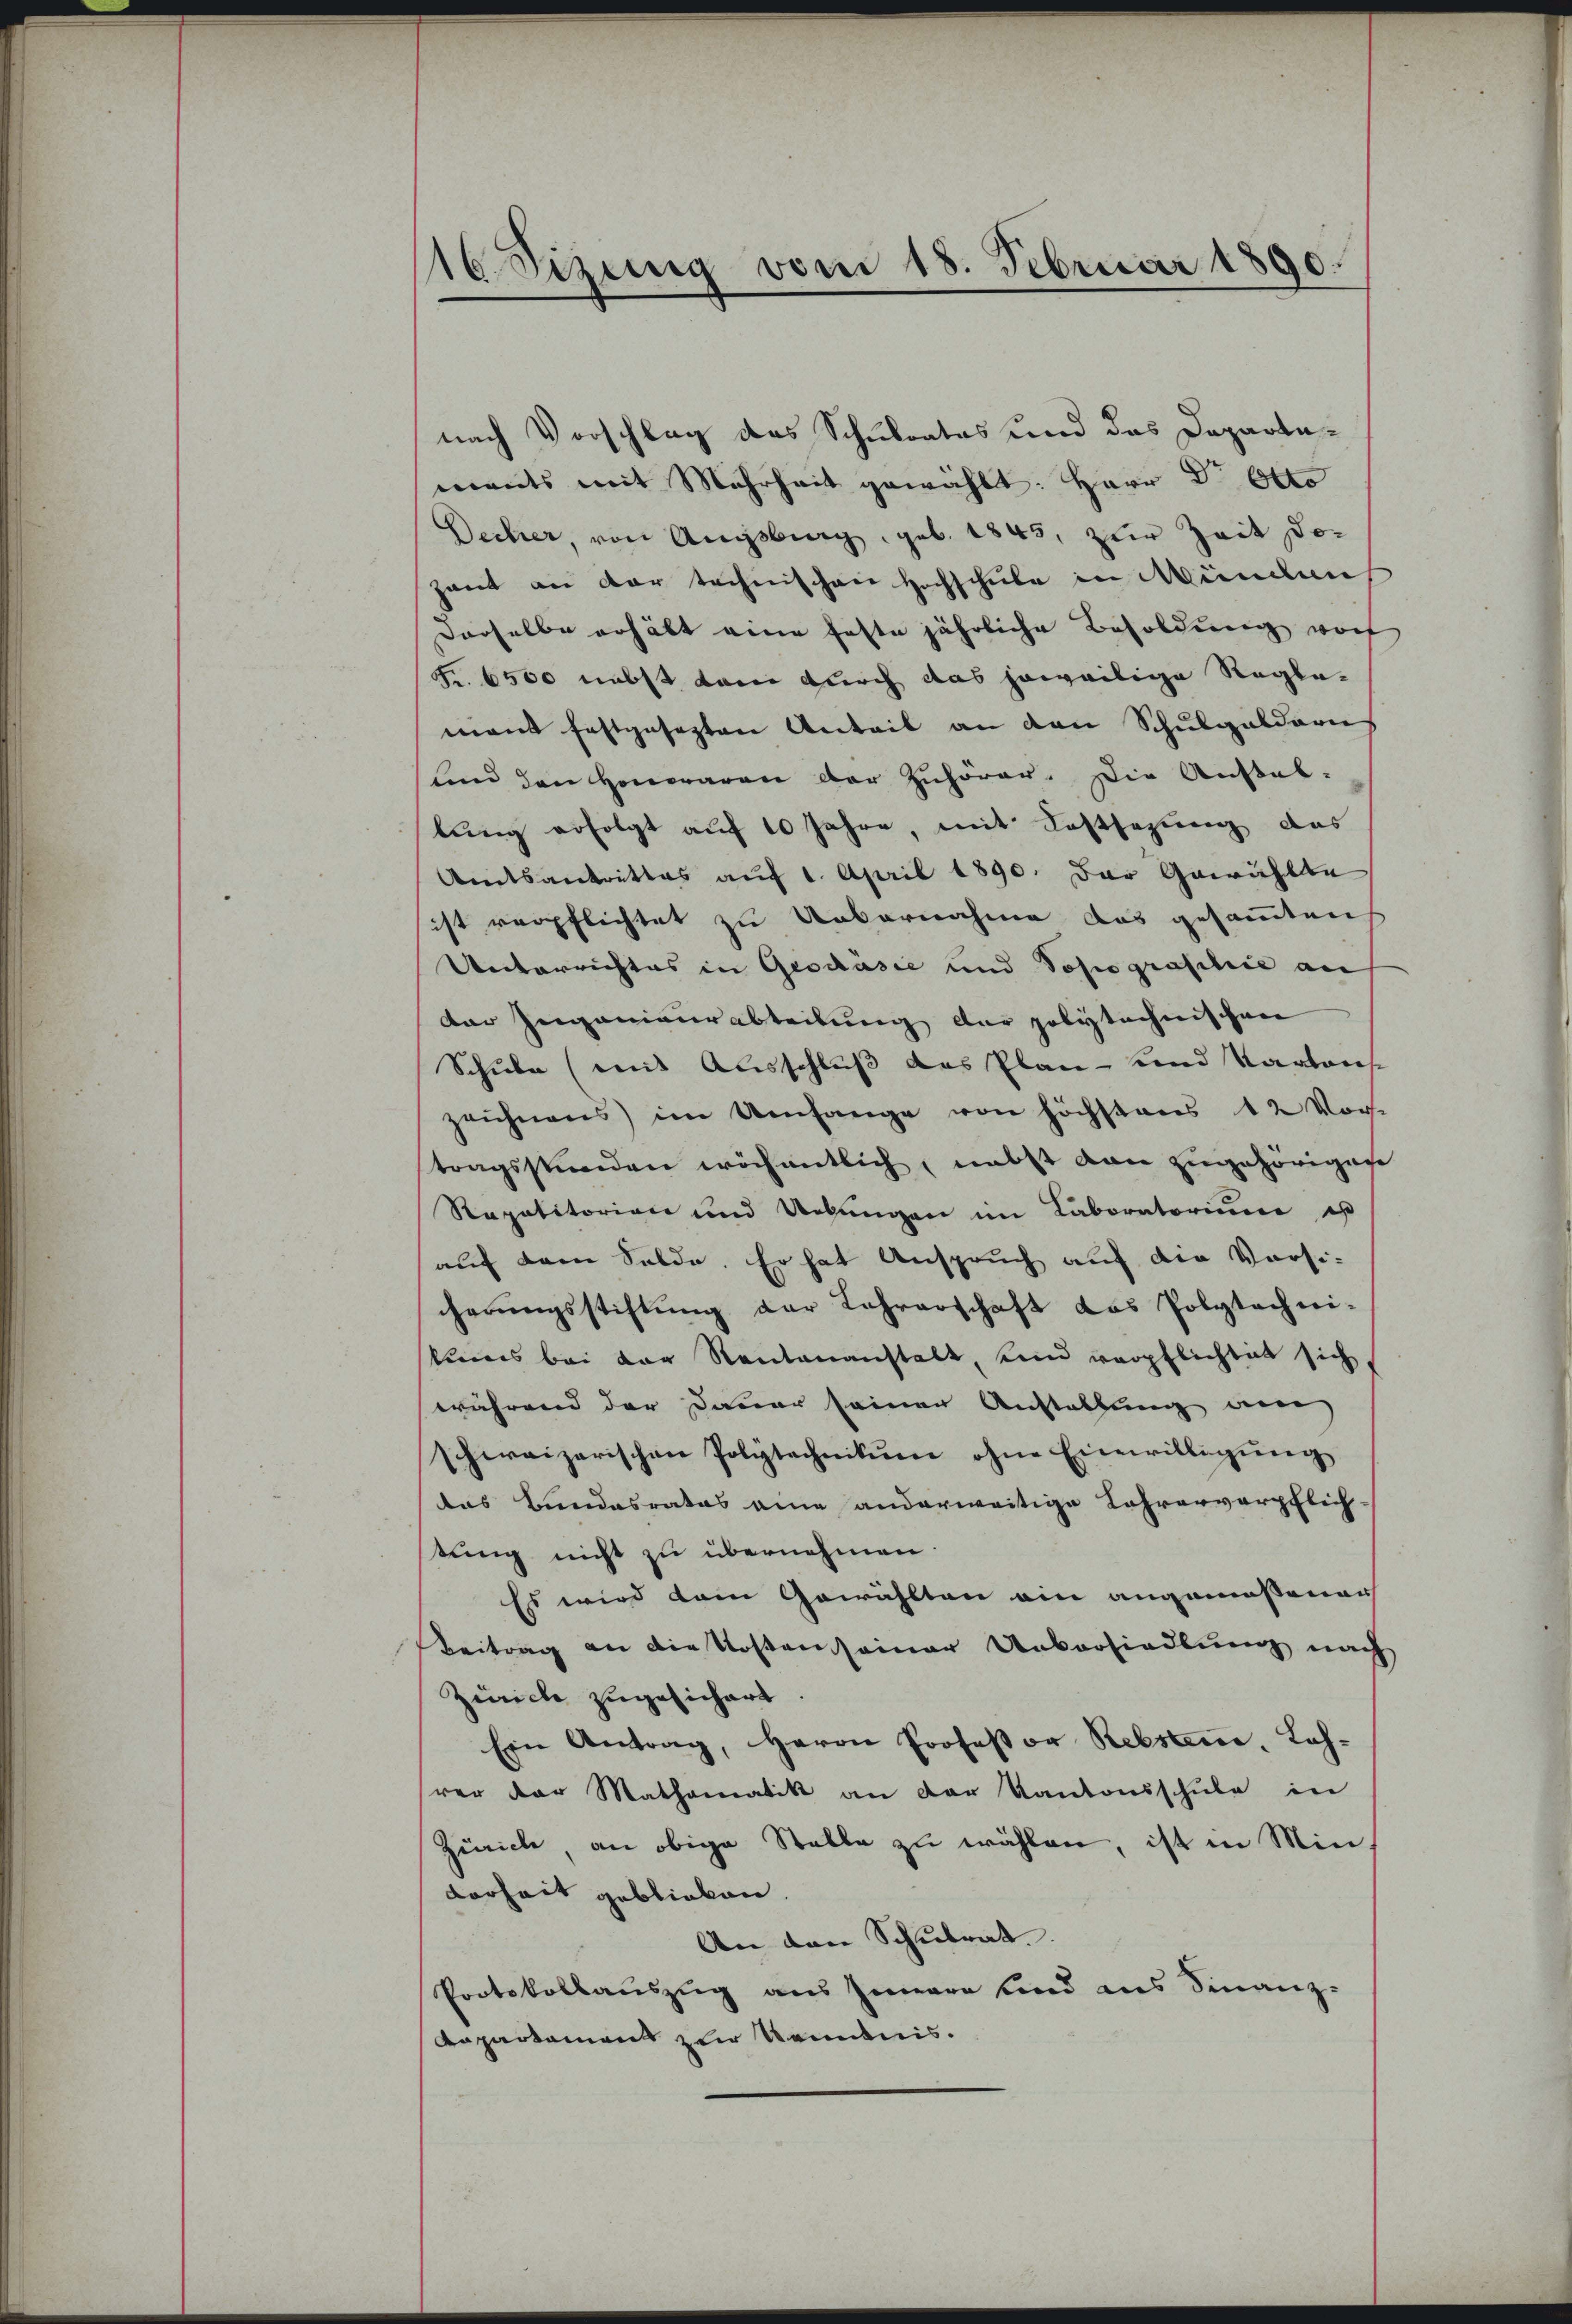
16 Sizung vom 18. Februar 1890.

nach Vorschlag das Schulrates und das Departements mit Mehrheit gewählt: Herr Dr. Otto
Decher, von Augsburg, geb. 1845, zur Zeit doc
zweit an der technischen Hochschule in Mündun
derselbe erhält eine feste jährliche Besoldung wor
Fr. 6500 nebst kam durch das jeweilige Reglemant festgesezten Anteil an den Schulgeldern
ŭnd den Henwaren der Zuhörer. Die Anstal-
lung erfolgt auf 10 Jahre, mit Festsezung das
Amtsantrittes auf 1. April 1890. Der Gewählte
sist verpflichtet zu Uebernahme das gesammten
Unterrichtes in Geschäsie und Popographie an
der Ingenieurabteilung der polytechnischen
Schule (mit Ausschluß das Plan und Kartons
zeichnens im Umfange von höchstens 12 Vor-
tragsstunden wöchentlich, nebst von zugehörigen
Rapalitorian und Uebungen im Laboratorium es
auf dem Solde. Er hat Anspruch auf die Versi-
cherŭngsstiftŭng der Lehrerschaft das Polytechni-
kums bei der Rentenanstalt, unnd verpflichtet sich
während der Dauer seinen Anstellung am
schweizerischen Polytechnikum ohne Einwilligung
das Bundesrates eine anderweitige Lehrerverpflich-
tung nicht zu übernehmen.
Es wird dem Gewählten ein angemessener
Beitrag an die Kosten seiner Unvorsiedlung nach
Zürich zugesichert.
Ein Antrag, Herrn Professor Rebstene, Lah-
rer der Mathematik an der Kantonsschŭle in
Zürich, an obige Stelle zu wählen, ist in Min¬
Forheit geblieben.
An den Schulrat
Protokollauszug aus Innere und ans Finanz-
Repartement zur Kenntnis.